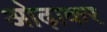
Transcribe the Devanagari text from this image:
ओढ़ाकर